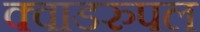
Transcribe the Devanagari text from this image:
क्वाडरुपल